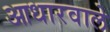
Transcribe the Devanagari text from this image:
आधारवाले